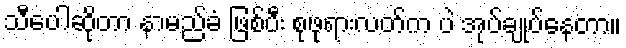
သီပေါဆိုတာ နာမည်ခံ ဖြစ်ပီး စုဖုရားလတ်က ပဲ အုပ်ချုပ်နေတာ။